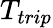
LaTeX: T_{trip}